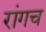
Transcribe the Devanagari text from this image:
रांगच